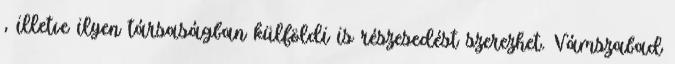
, illetve ilyen társaságban külföldi is részesedést szerezhet. Vámszabad